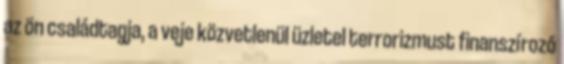
az ön családtagja, a veje közvetlenül üzletel terrorizmust finanszírozó